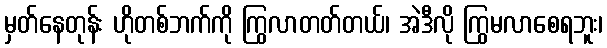
မှတ်နေတုန်း ဟိုတစ်ဘက်ကို ကြွလာတတ်တယ်၊ အဲဒီလို ကြွမလာစေရဘူး၊